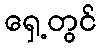
ရှေ့တွင်